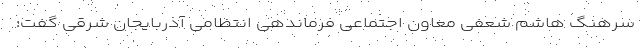
سرهنگ هاشم شعفی معاون اجتماعی فرماندهی انتظامی آذربایجان شرقی گفت: